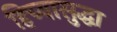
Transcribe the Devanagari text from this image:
हिच्यासुद्धा